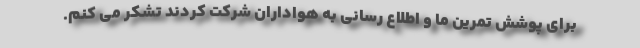
برای پوشش تمرین ما و اطلاع رسانی به هواداران شرکت کردند تشکر می کنم.